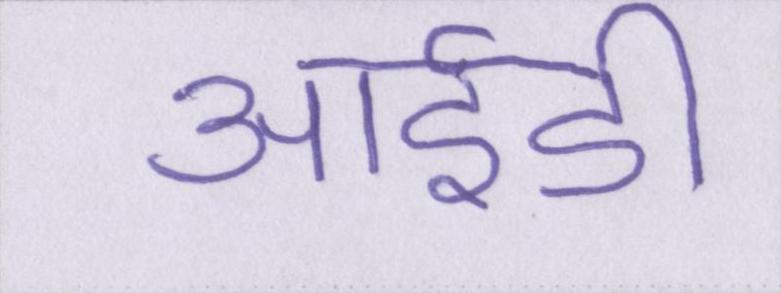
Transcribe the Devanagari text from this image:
आईडी